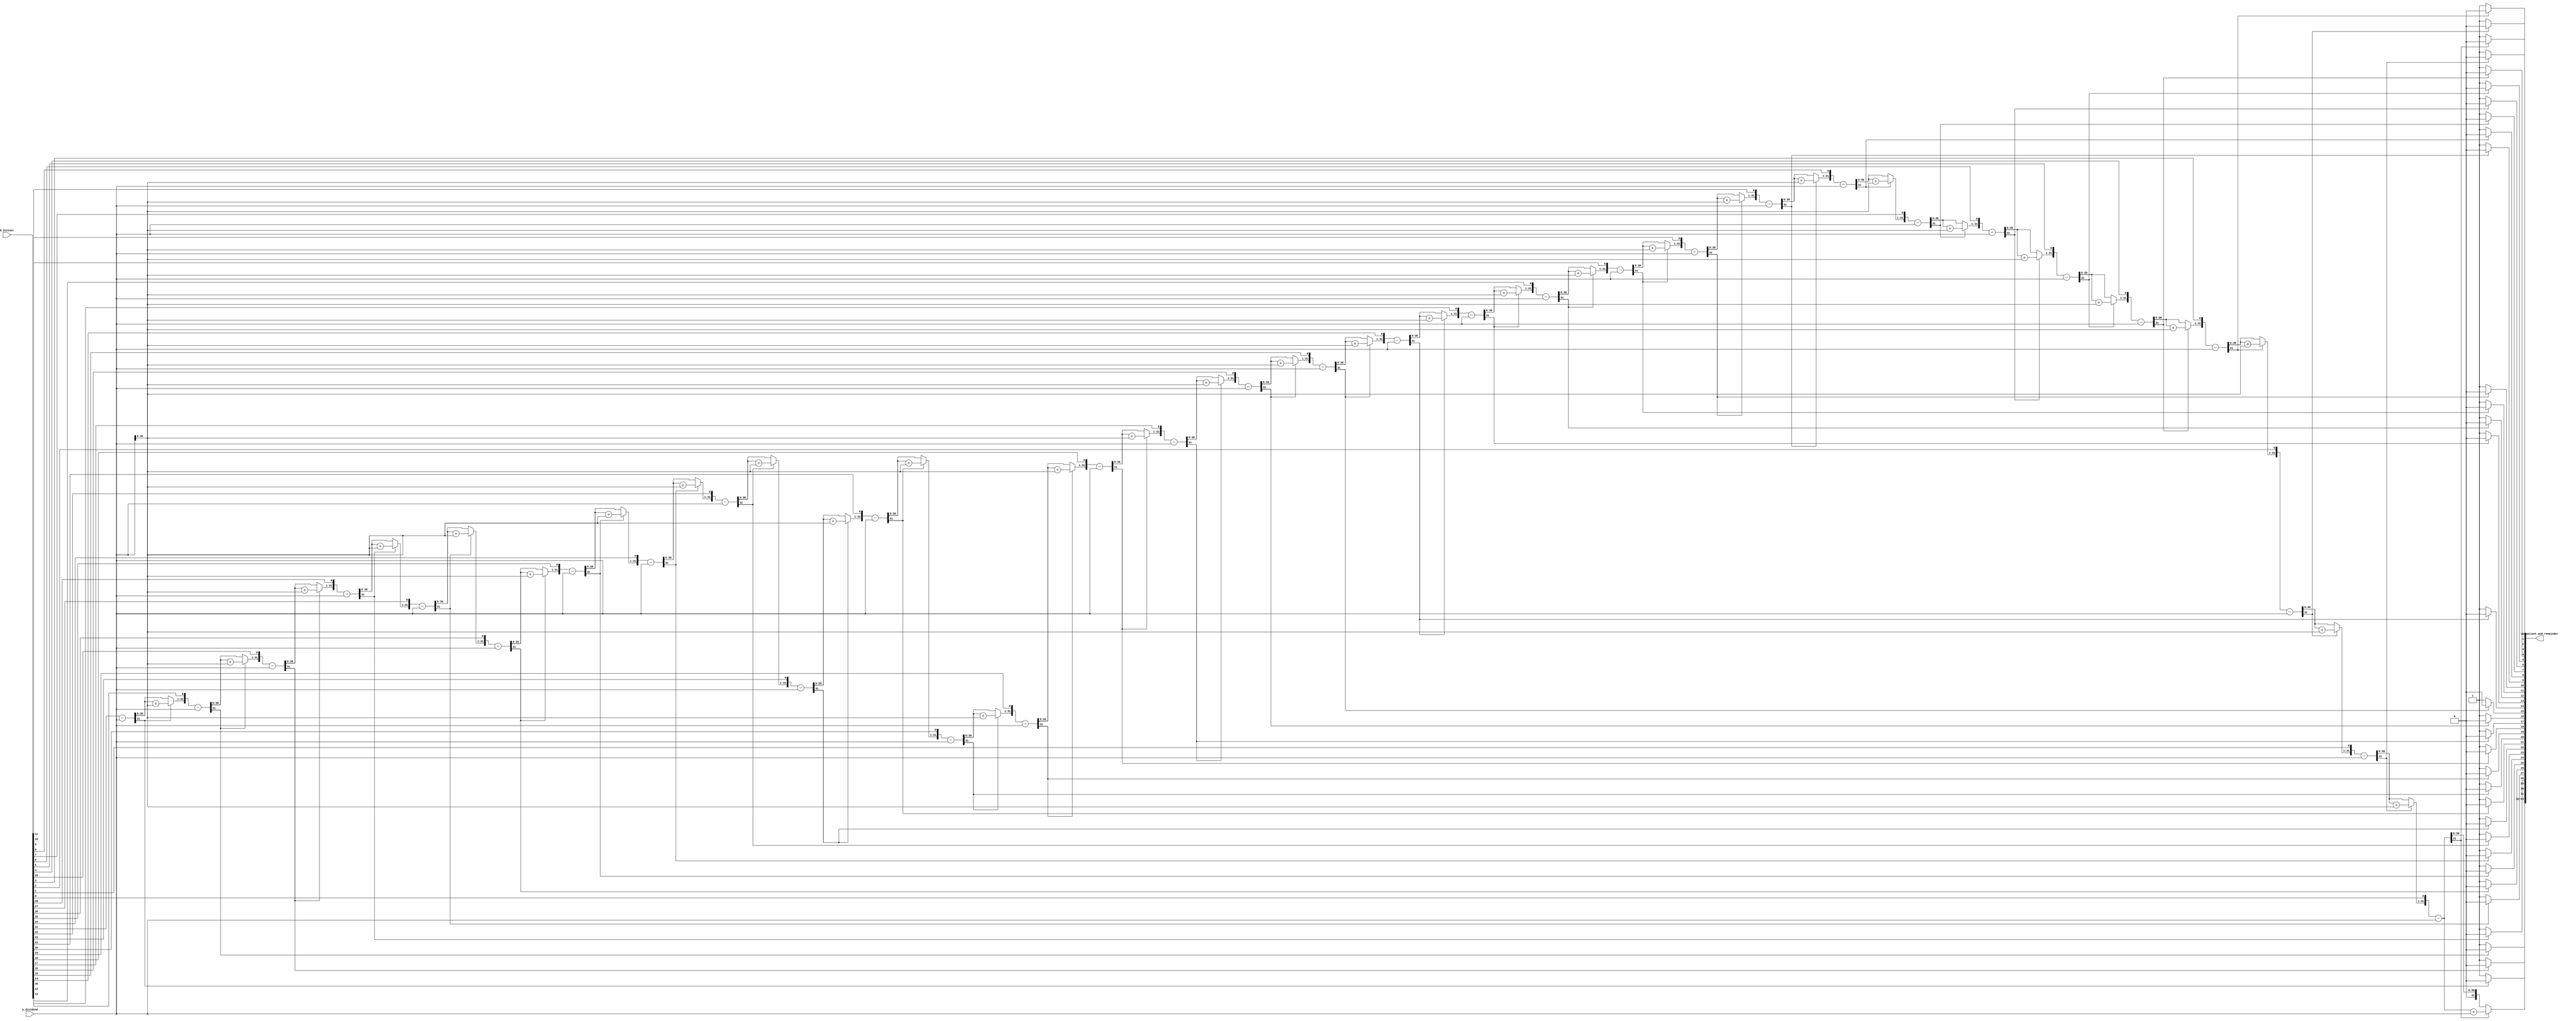
module div_32_gate(
			input wire [31:0] a_dividend,
			input wire [31:0] b_divisor,
			output reg [63:0] c_quotient_and_remainder
			);	
	integer i; 
	//sign extended
	reg [32:0] dividend_se;
	reg [64:0] quotient_and_remainder_se;

	always @(a_dividend or b_divisor) begin
		quotient_and_remainder_se[31:0] = b_divisor;
		quotient_and_remainder_se[64:32] = 0;
		dividend_se[31:0] = a_dividend;

		for(i=0;i<32;i= i + 1) begin
			dividend_se[32] = dividend_se[31];
			quotient_and_remainder_se = quotient_and_remainder_se << 1;
			quotient_and_remainder_se[64:32] = quotient_and_remainder_se[64:32] - a_dividend;

			if (quotient_and_remainder_se[63] == 1) begin
				quotient_and_remainder_se[0] = 0;
				quotient_and_remainder_se[64:32] = quotient_and_remainder_se[64:32] + dividend_se;
			end else if (quotient_and_remainder_se[63] == 0) begin
				quotient_and_remainder_se[0] = 1;
			end
		end
		c_quotient_and_remainder <= quotient_and_remainder_se[63:0];
	end
endmodule